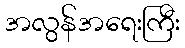
အလွန်အရေးကြီး